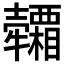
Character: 𤜕